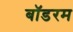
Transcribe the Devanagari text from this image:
बॉडरम